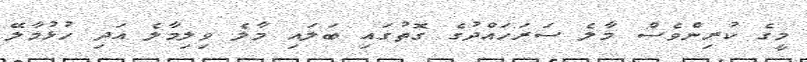
މީގެ ކުރިންވެސް މާލެ ސަރަހައްދުގެ ގޮތުގައި ބަލައި މާލެ ވިލިމާލެ އަދި ހުޅުމާލޭ